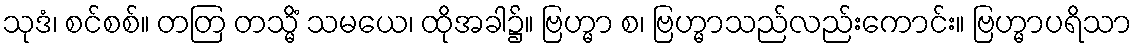
သုဒံ၊ စင်စစ်။ တတြ တသ္မိံ သမယေ၊ ထိုအခါ၌။ ဗြဟ္မာ စ၊ ဗြဟ္မာသည်လည်းကောင်း။ ဗြဟ္မာပရိသာ